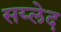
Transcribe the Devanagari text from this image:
सय्लेद